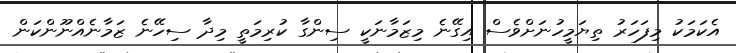
އެކަމަކު މިފަހަރު ތިޔަމީހުނަށްވެސް އިގޭނެ މިޒަމާނަކީ ސިންގާ ކުރިމަތީ މިދާ ސިހޭނެ ޒަމާނެއްނޫންކަން